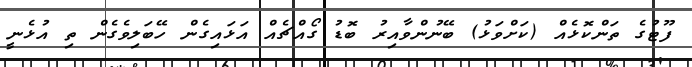
ފޫޓުގެ ތަންކޮޅެއް (ކަށްވަޅު) ބޭނުންވާއިރު ބޮޑު ގޯއްޗެއް އަޅައިގެން ހޭބަލިވެގެން ތި އުޅެނީ